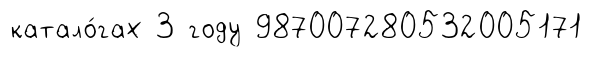
катало́гах 3 году 987007280532005171